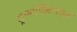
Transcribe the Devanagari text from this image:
ट्रान्सऐक्टिनाइड